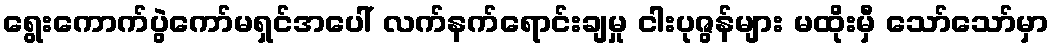
ရွေးကောက်ပွဲကော်မရှင်အပေါ် လက်နက်ရောင်းချမှု ငါးပုဇွန်များ မထိုးမှီ သော်သော်မှာ